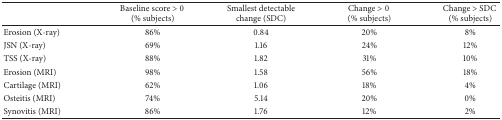
<table><thead><tr><td><b> </b></td><td><b>Baseline score &gt; 0 (% subjects)</b></td><td><b>Smallest detectable change (SDC)</b></td><td><b>Change &gt; 0 (% subjects)</b></td><td><b>Change &gt; SDC (% subjects)</b></td></tr></thead><tbody><tr><td>Erosion (X-ray)</td><td>86%</td><td>0.84</td><td>20%</td><td>8%</td></tr><tr><td>JSN (X-ray)</td><td>69%</td><td>1.16</td><td>24%</td><td>12%</td></tr><tr><td>TSS (X-ray)</td><td>88%</td><td>1.82</td><td>31%</td><td>10%</td></tr><tr><td>Erosion (MRI)</td><td>98%</td><td>1.58</td><td>56%</td><td>18%</td></tr><tr><td>Cartilage (MRI)</td><td>62%</td><td>1.06</td><td>18%</td><td>4%</td></tr><tr><td>Osteitis (MRI)</td><td>74%</td><td>5.14</td><td>20%</td><td>0%</td></tr><tr><td>Synovitis (MRI)</td><td>86%</td><td>1.76</td><td>12%</td><td>2%</td></tr></tbody></table>